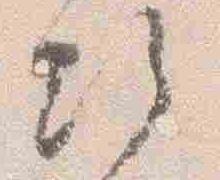
次